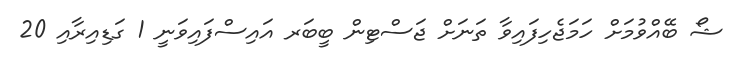
ޝޯ ބޭއްވުމަށް ހަމަޖެހިފައިވާ ތަނަށް ޖަސްޓިން ބީބަރ އައިސްފައިވަނީ 1 ގަޑިއިރާއި 20